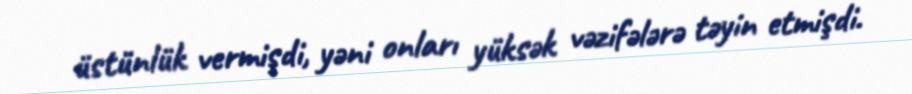
üstünlük vermişdi, yəni onları yüksək vəzifələrə təyin etmişdi.